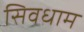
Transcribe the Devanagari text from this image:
सिवधाम